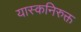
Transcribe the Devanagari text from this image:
यास्कनिरुक्त